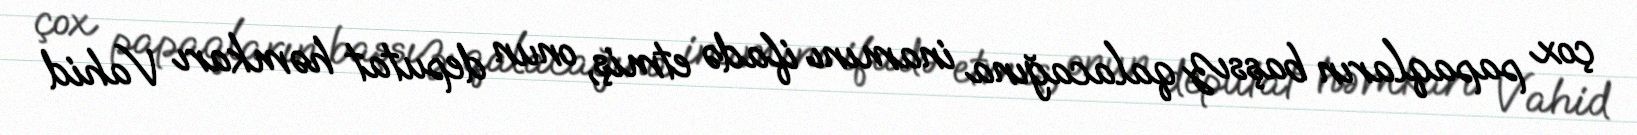
çox papaqların başsız qalacağına inamını ifadə etmiş, onun deputat həmkarı Vahid